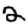
Digit: 2